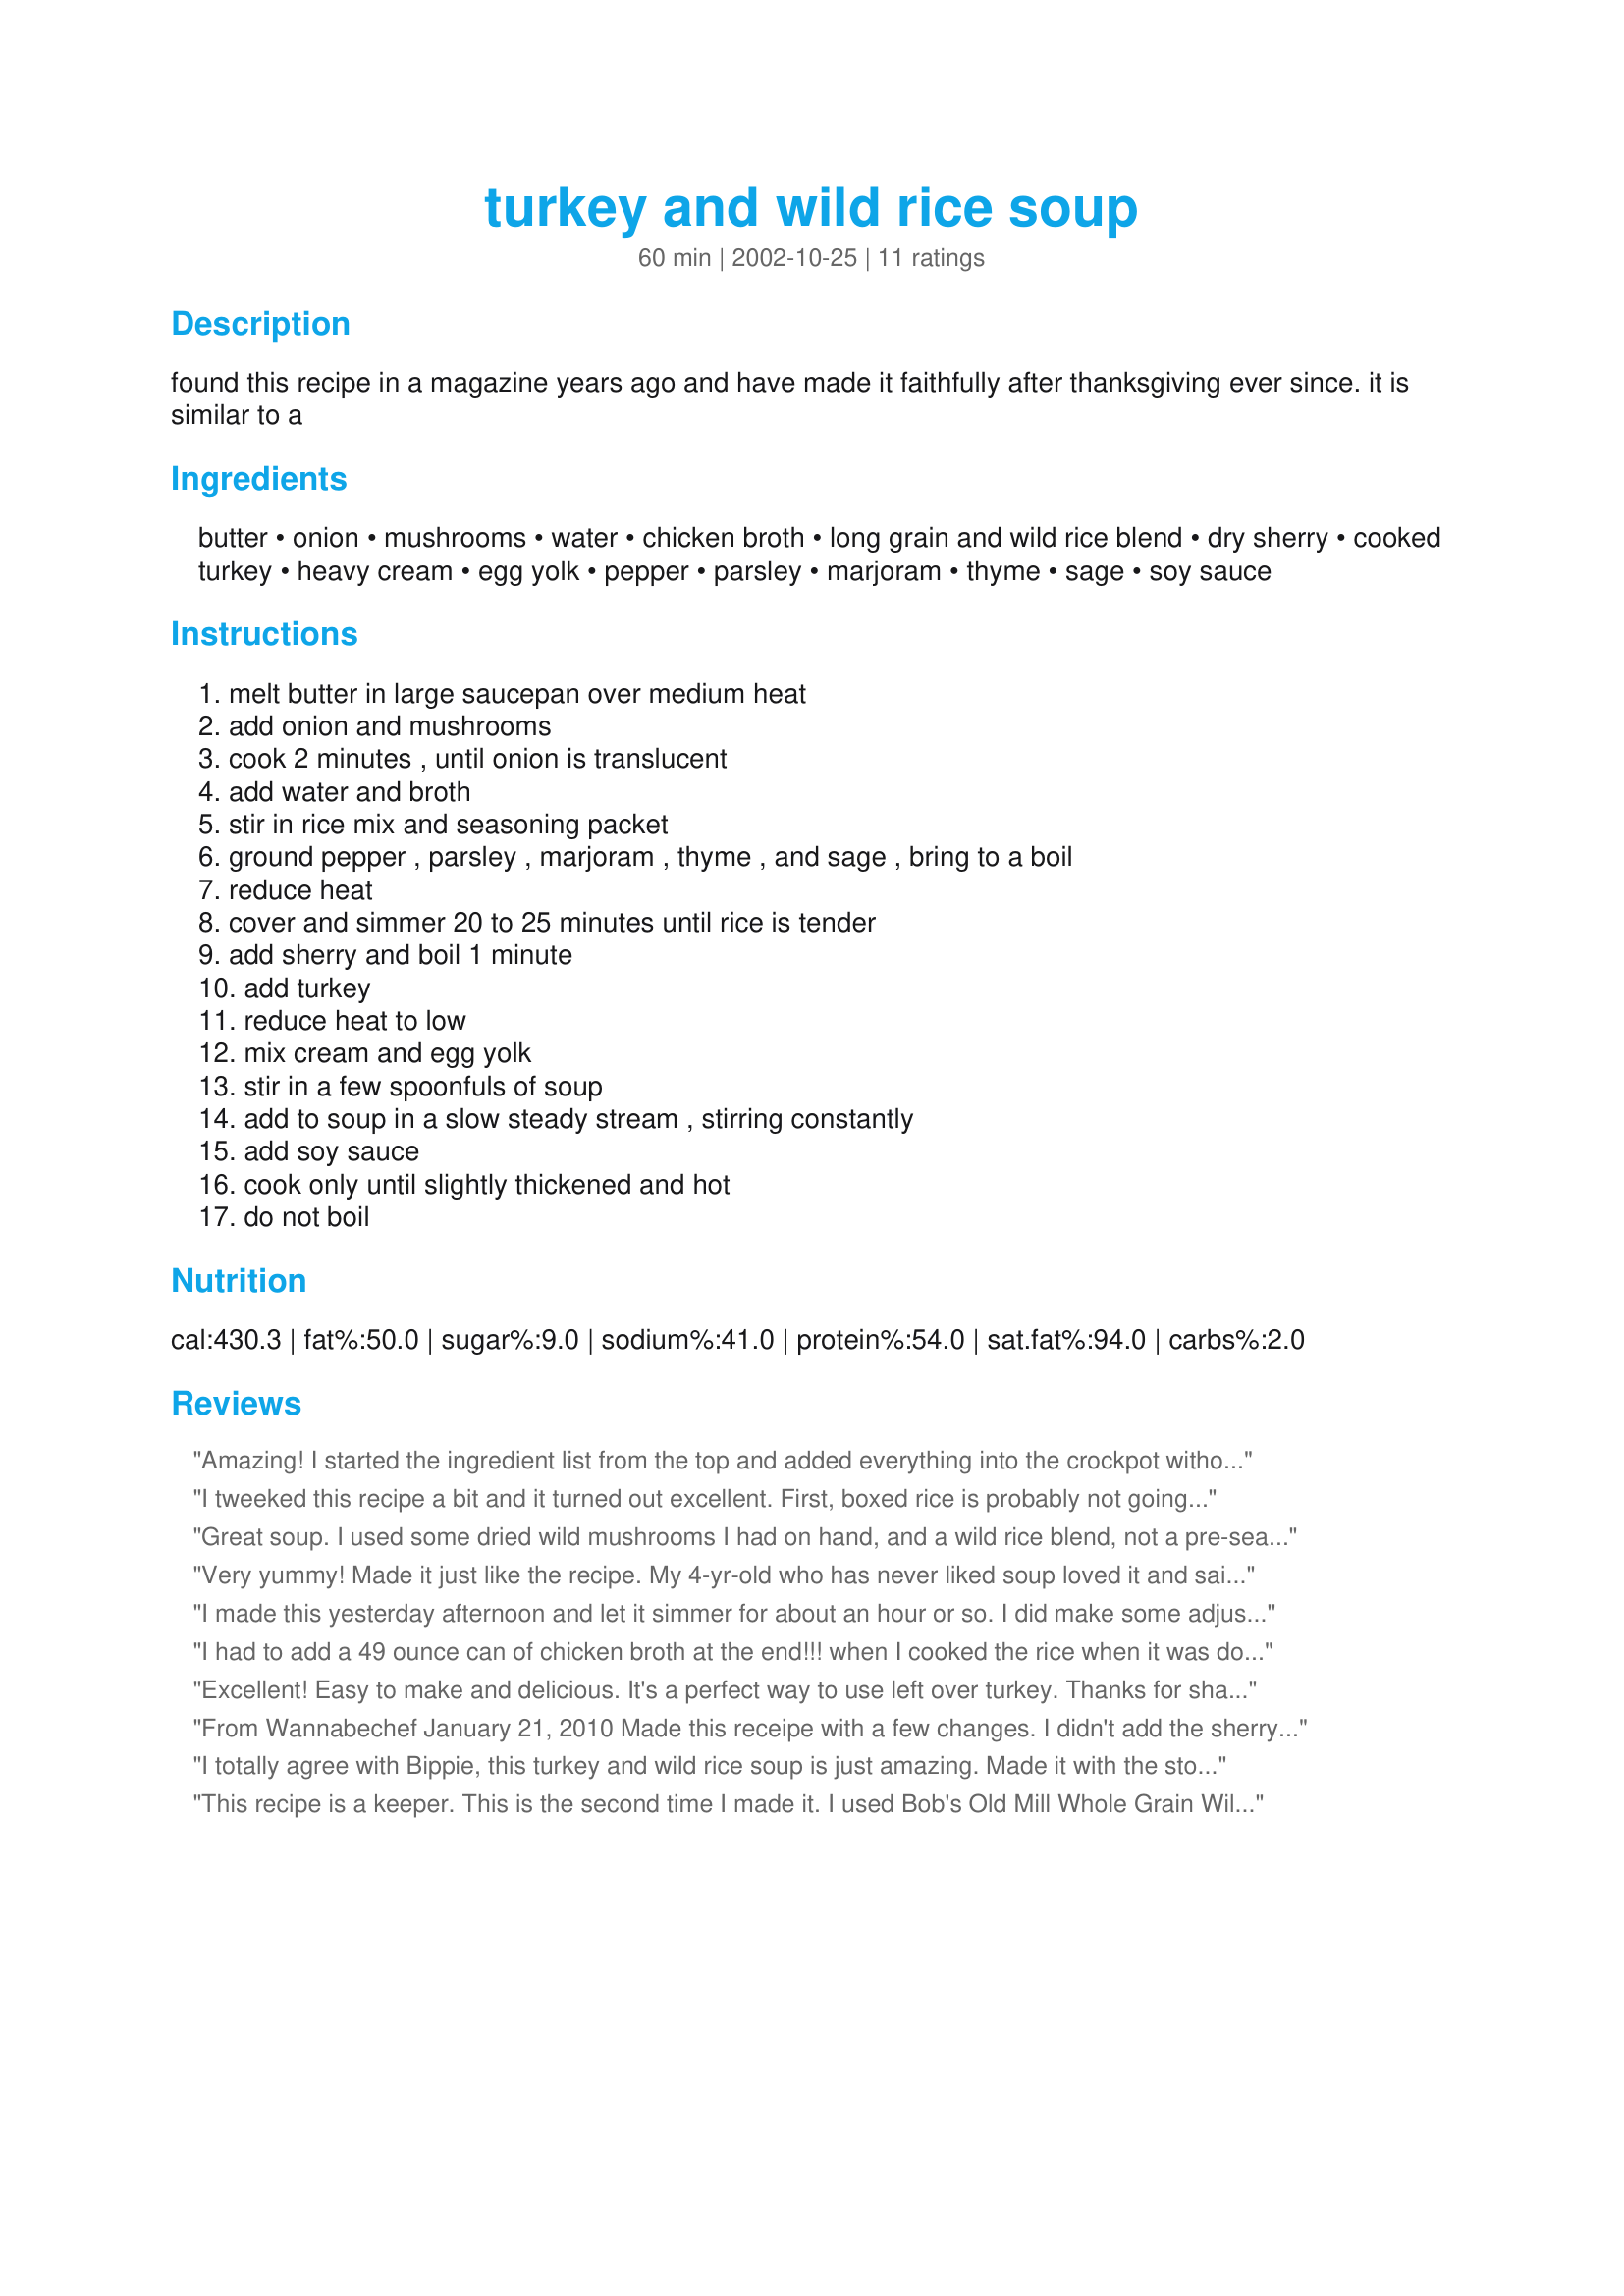
turkey and wild rice soup
Preparation time: 60 minutes

found this recipe in a magazine years ago and have made it faithfully after thanksgiving ever since. it is similar to a

Ingredients:
butter, onion, mushrooms, water, chicken broth, long grain and wild rice blend, dry sherry, cooked turkey, heavy cream, egg yolk, pepper, parsley, marjoram, thyme, sage, soy sauce

Steps:
melt butter in large saucepan over medium heat, add onion and mushrooms, cook 2 minutes , until onion is translucent, add water and broth, stir in rice mix and seasoning packet, ground pepper , parsley , marjoram , thyme , and sage , bring to a boil, reduce heat, cover and simmer 20 to 25 minutes until rice is tender, add sherry and boil 1 minute, add turkey, reduce heat to low, mix cream and egg yolk, stir in a few spoonfuls of soup, add to soup in a slow steady stream , stirring constantly, add soy sauce, cook only until slightly thickened and hot, do not boil

Reviews:
Amazing! I started the ingredient list from the top and added everything into the crockpot without pre-cooking. I used a 4.2 oz package of long grain and wild rice blend and left out the egg yolk and soy sauce. Put this on low for 4 hours, then added a mix of 1TBS corn starch and 2 TBS water to thicken it up. Let that thicken for another hour and ate almost half by myself. Thanks for a very tastey and warming soup.
I tweeked this recipe a bit and it turned out excellent. First, boxed rice is probably not going to give this soup the flavor and consistency it desires. I used real mixed wild rice. I cooked it seperately on its own. I then followed the rest of the recipe ingredients except I added a bit of chopped carrot and did not include the sherry or marjoram as I did not have it on hand. I doubled the chicken stock since real wild rice needs more liquid than this recipe calls for. In the end it was rich, not too thick but great tasting! I also used fresh herbs (parsley, thyme) vs. dried. It was wonderful...would make it again and again....
Great soup. I used some dried wild mushrooms I had on hand, and a wild rice blend, not a pre-seasoned mix, so had to cook it about an hour. I also added a chopped carrot, and a chopped celery stalk.
This is a nice fall dinner, with some homemade bread. Thanks for posting this!
Very yummy! Made it just like the recipe. My 4-yr-old who has never liked soup loved it and said I should make it every day! Not sure I like it quite that much, but I'll definately make it again...maybe try it in the crockpot.
I made this yesterday afternoon and let it simmer for about an hour or so. I did make some adjustments though wich included leaving out the dry sherry, the marjoram, the sage and the soy sauce. I used about 4 cups of chicken that was boiled in Tony's, garlic, salt and pepper. I strained my broth and used it for my base. By the time I was done I did use the 2 1/3 cups of water but I ended up using about 5 cups of broth. It does thicken quite a bit when you chill it so I added the last cup of broth before I put it in the fridge...when I heated it up for lunch today it was perfect. Thanks for a great recipe. I will make this one again!
I had to add a 49 ounce can of chicken broth at the end!!! when I cooked the rice when it was done, it was thick and almost like a rice dish. So I panicked and threw in the chicken broth to make a "soup" and not a side rice dish. When I put my turkey in...there was absolutely no broth at all. It tasted great after that, but I did not need the stress of "no broth " in a soup. I had to make some last minute changes..I will not make this again.
Excellent! Easy to make and delicious. It's a perfect way to use left over turkey. Thanks for sharing the recipe.
From Wannabechef
January 21, 2010

Made this receipe with a few changes. I didn't add the sherry or soy sauce (I forgot) and skipped the egg yolk. I also made extra broth and cooked the wild rice in the broth with carrots. When I added the heavy cream I added the sauted mushrooms and onions, I also added celery. I didn't have the tyme so didn't add but added a teaspoon of monreal chicken seasoning. I gave some to two friends and they along with my husband are still raving about it. " It is the best soup you ever made". It is definately a keeper.
I totally agree with Bippie, this turkey and wild rice soup is just amazing. Made it with the stock from the bones of our Thanksgiving turkey. I did not add the egg yolk and just threw everything together in one big pot because I was just burnt out from making my first Thanksgiving dinner and didn't want to do any thing. The result was absolutely delightful.
This recipe is a keeper. This is the second time I made it. I used Bob's Old Mill Whole Grain Wild Rice Mix so it did not have a seasoning packet which may have less flavoring but it is still very tasty. I added a stalk of celery and a carrot (thinly sliced) to the onion mixture. I added the rice and simmered it about 45 minutes until the rice was done. I didn't use water but substituted 1 32 oz of turkey stock and after the rice was done I added about 16 oz of turkey broth. Then I pretty much followed the recipe above, and I did not have sherry so I omitted that step. I believe the soy sauce really enhances the flavor of the soup.
My husband and I made this only because we had the ingredients on hand and my husband loves wild rice. We were really not expecting to love it as much as we do. It is wonderful!
